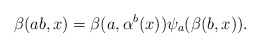
\begin{align*} \beta(ab,x) = \beta(a,\alpha^b(x))\psi_a(\beta(b,x)).\end{align*}